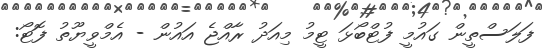
ފަލަސްތީން ގައުމީ ފުޓްބޯޅަ ޓީމު މިއަދު ރާއްޖެ އައުން - އެމްވީޔޫތު ފޮޓޯ: